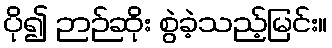
ပို၍ ဉာဉ်ဆိုး စွဲခဲ့သည့်မြင်း။